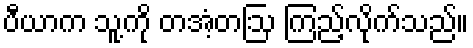
ပီယာက သူ့ကို တအံ့တဩ ကြည့်လိုက်သည်။